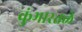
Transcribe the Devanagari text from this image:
कुंभारतळे